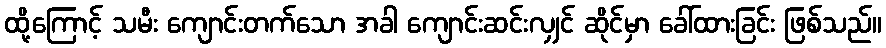
ထို့ကြောင့် သမီး ကျောင်းတက်သော အခါ ကျောင်းဆင်းလျှင် ဆိုင်မှာ ခေါ်ထားခြင်း ဖြစ်သည်။